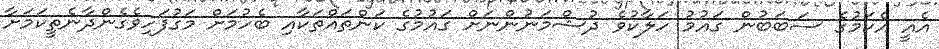
އެއީ އެކަމުގެ ސަބަބުން ގައުމު ހަލާކުވެ ދުޝްމަނުންނަށް ގައުމުގެ ކަންތައްތަކާއި ބެހުމަށް މަގުފަހިވެގެންދާނެތީކަމަށާ